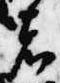
者